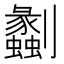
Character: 劙